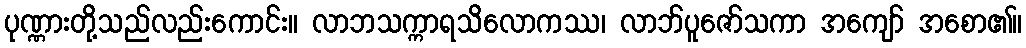
ပုဏ္ဏားတို့သည်လည်းကောင်း။ လာဘသက္ကာရသိလောကဿ၊ လာဘ်ပူဇော်သကာ အကျော် အစော၏။